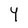
Character: Y